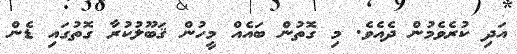
އަދި ކުރެވެމުން ދެއެވެ. މި ގޮތުން ބައެއް މީހުން ޤަބޫލުކުރާ ގޮތުގައި ޑެން